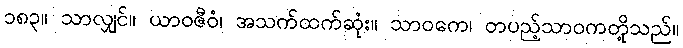
၁၈၃။ သာလျှင်။ ယာဝဇီဝံ၊ အသက်ထက်ဆုံး။ သာဝကေ၊ တပည့်သာဝကတို့သည်။